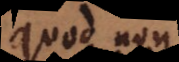
quod non